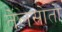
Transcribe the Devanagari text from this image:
तेलस्रोतों